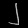
Digit: ၂